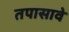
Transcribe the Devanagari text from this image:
तपासावे